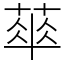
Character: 𦶎